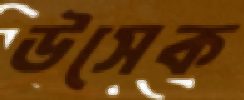
উসেক